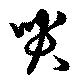
哭